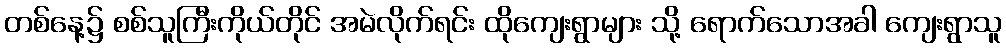
တစ်နေ့၌ စစ်သူကြီးကိုယ်တိုင် အမဲလိုက်ရင်း ထိုကျေးရွာများ သို့ ရောက်သောအခါ ကျေးရွာသူ